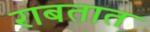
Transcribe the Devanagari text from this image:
राबतात